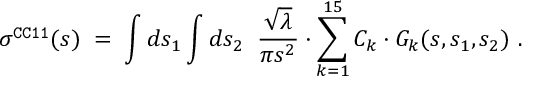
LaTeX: \sigma ^ { \tt C C 1 1 } ( s ) \; = \; \int d s _ { 1 } \int d s _ { 2 } \; \; \frac { \sqrt { \lambda } } { \pi s ^ { 2 } } \cdot \sum _ { k = 1 } ^ { 1 5 } { \cal C } _ { k } \cdot { \cal G } _ { k } ( s , s _ { 1 } , s _ { 2 } ) ~ .